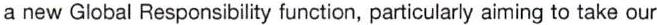
a new Global Responsibility function, particularly aiming to take our